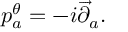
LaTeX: p _ { a } ^ { \theta } = - i \overrightarrow { \partial } _ { a } .